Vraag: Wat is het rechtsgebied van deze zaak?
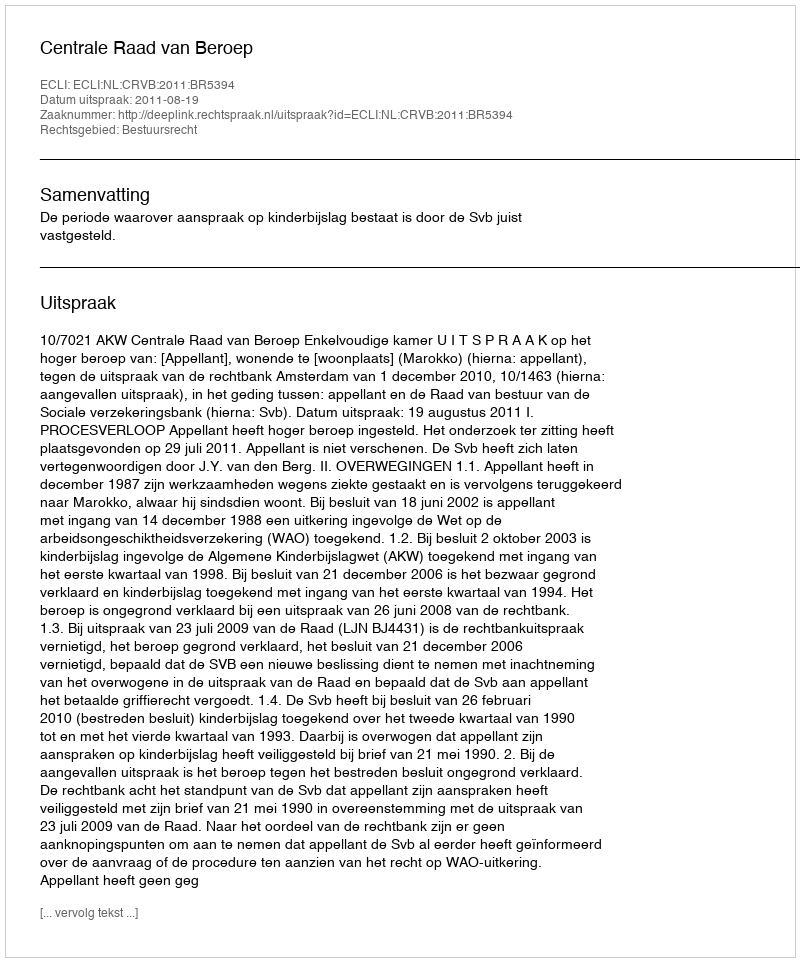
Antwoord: Bestuursrecht